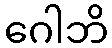
ဂေါဘိ